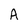
Character: A